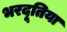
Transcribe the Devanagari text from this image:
भरदूतिया